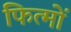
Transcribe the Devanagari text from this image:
फित्मों